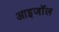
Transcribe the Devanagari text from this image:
आइजॉल